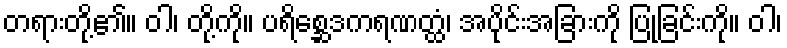
တရားတို့၏။ ဝါ၊ တို့ကို။ ပရိစ္ဆေဒကရဏတ္ထံ၊ အပိုင်းအခြားကို ပြုခြင်းကို။ ဝါ၊